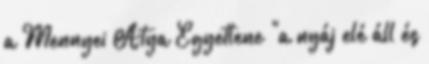
a Mennyei Atya Egyetlene "a nyáj elé áll és